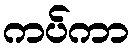
ကပ်ကာ